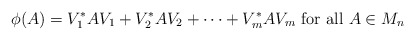
\begin{align*}\phi(A)=V_1^*AV_1+V_2^*AV_2+\cdots +V_m^*AV_m \mbox{ for all }A\in M_n\end{align*}